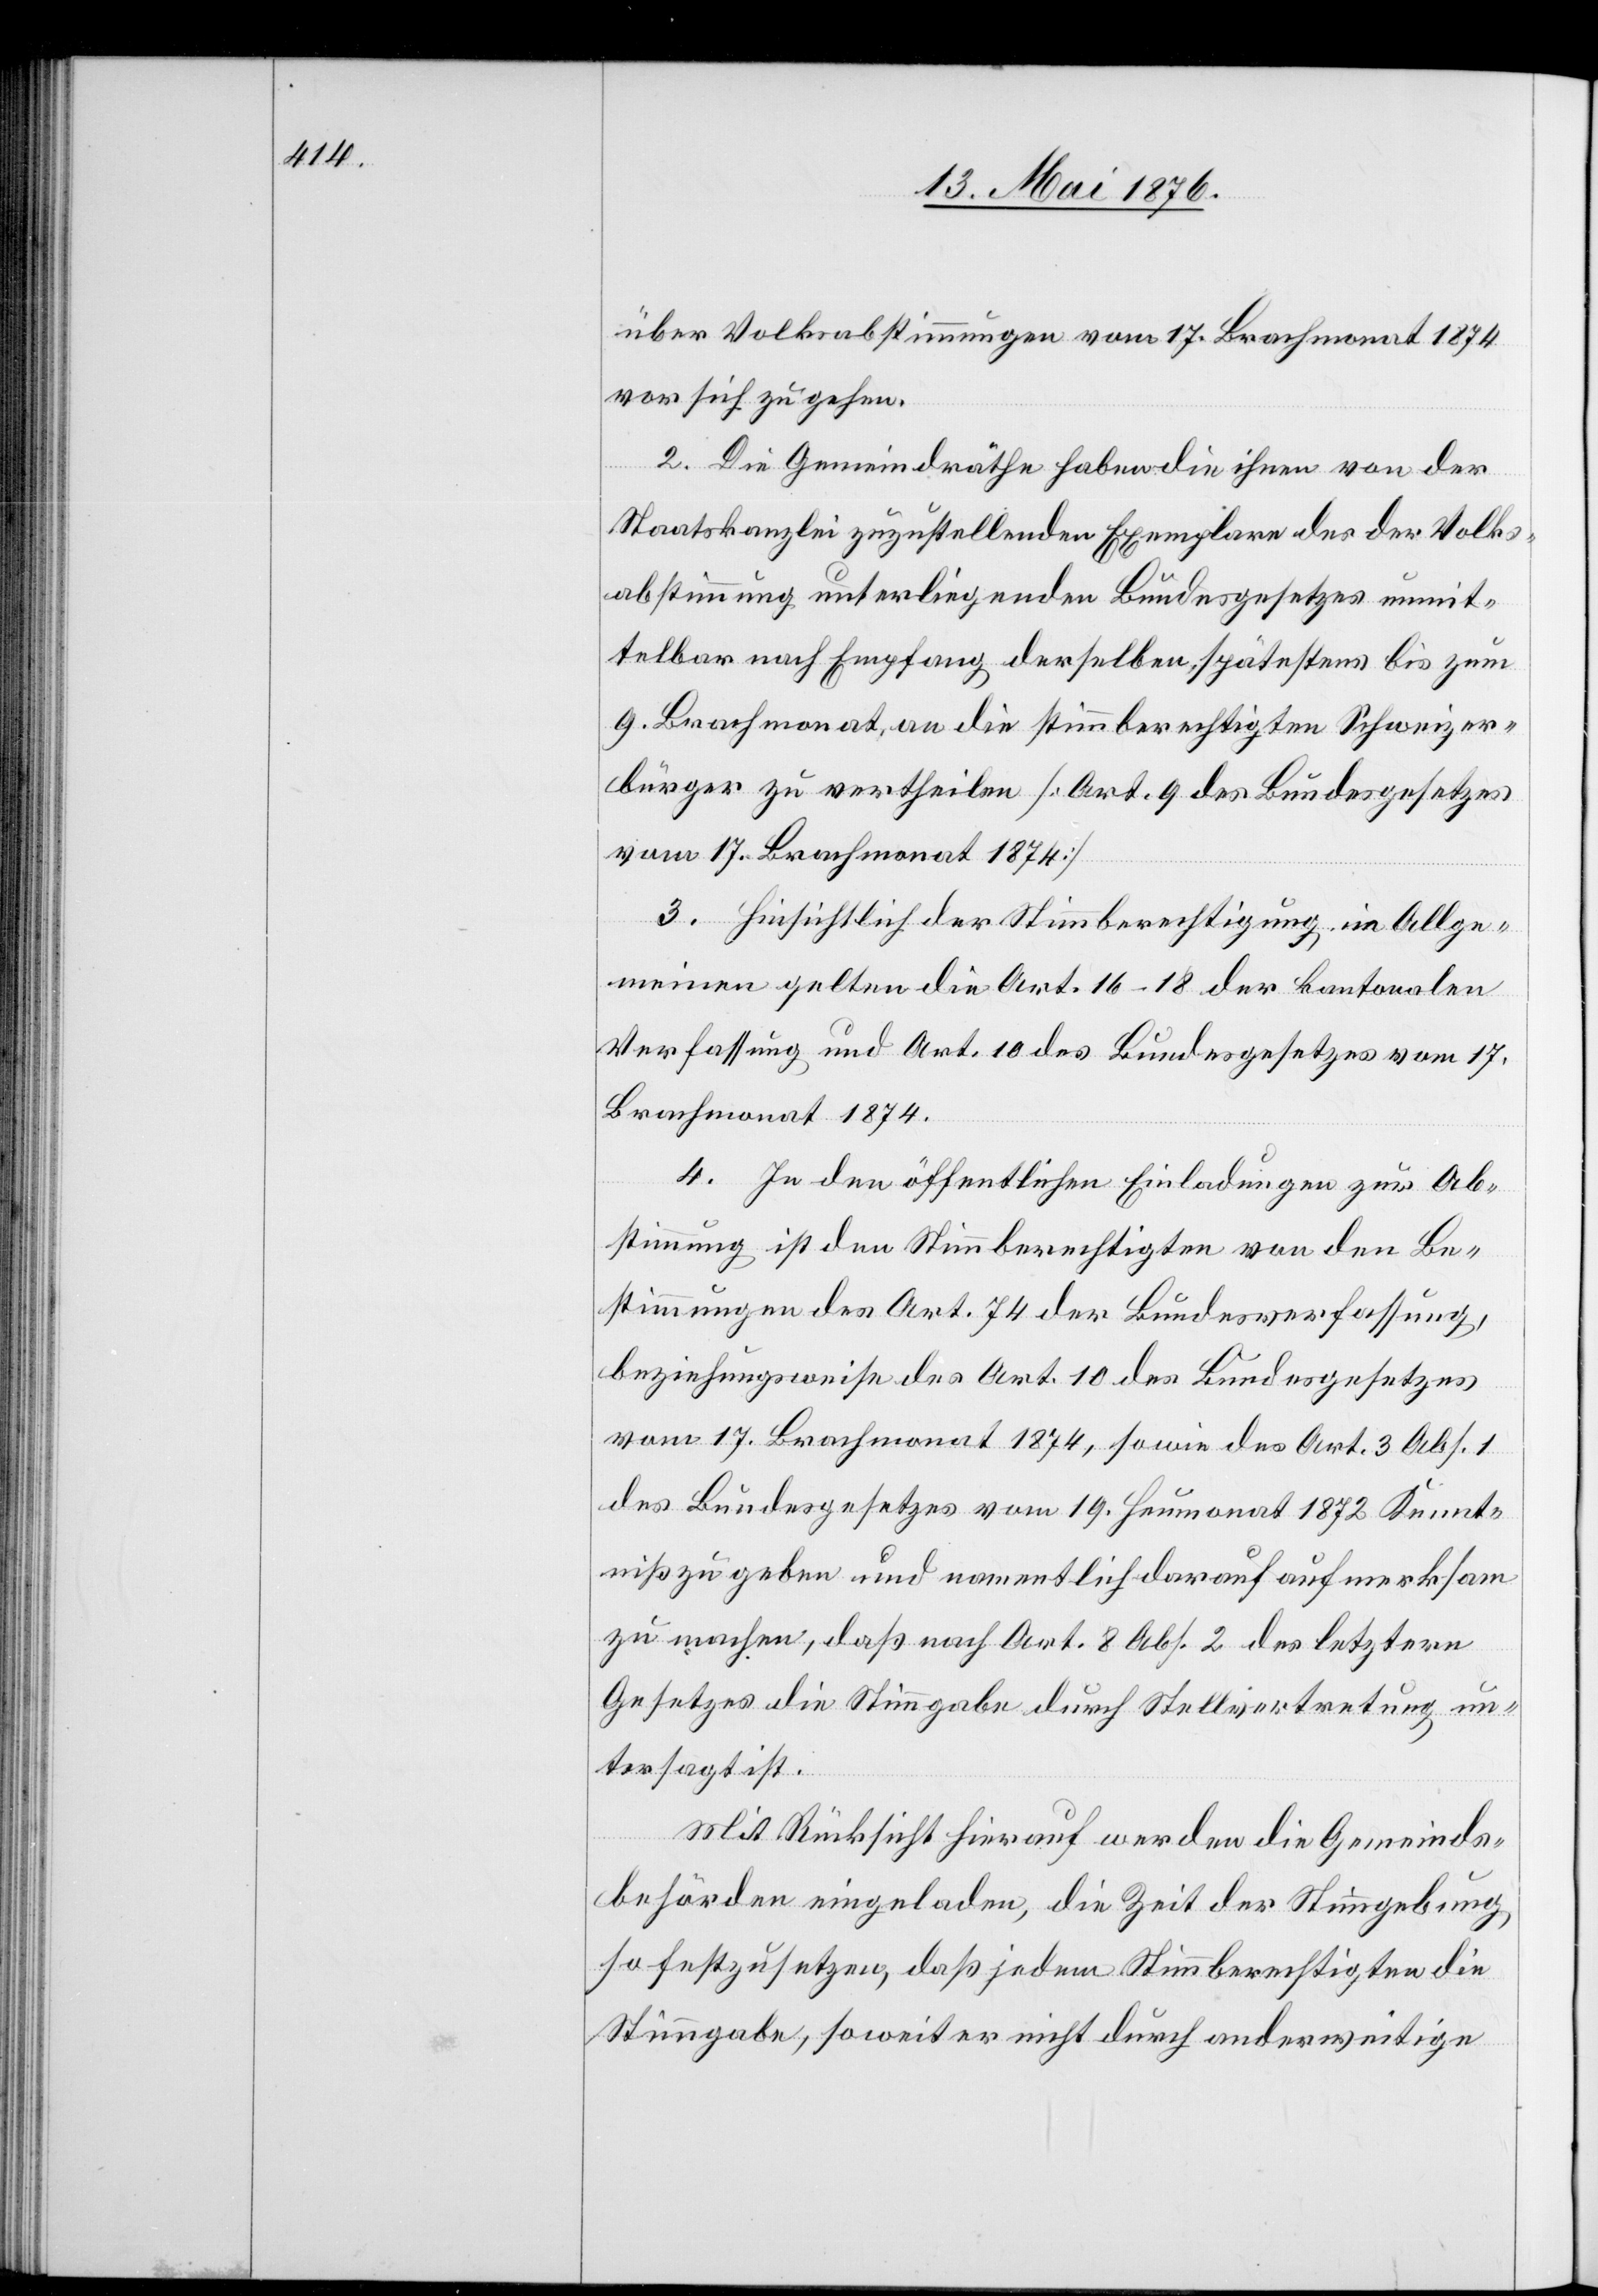
über Volksabstimmungen vom 17. Brachmonat 1874
vor sich zu gehen.
2. Die Gemeindräthe haben die ihnen von der
Staatskanzlei zuzustellenden Exemplare des der Volks¬
abstimmung unterliegenden Bundesgesetzes unmit¬
telbar nach Empfang derselben, spätestens bis zum
9. Brachmonat, an die stimmberechtigen Schweizer¬
bürger zu vertheilen [Art. 9. des Bundesgesetzes
vom 17. Brachmonat 1874][.]
3. Hinsichtlich der Stimmberechtigung im Allge¬
meinen gelten die Art. 16–18 der kantonalen
Verfassung und Art. 10 des Bundesgesetzes vom 17.
Brachmonat 1874.
4. In den öffentlichen Einladungen zur Ab¬
stimmung ist den Stimmberechtigten von den Be¬
stimmungen des Art. 74 der Bundesverfassung,
beziehungsweise des Art. 10 des Bundesgesetzes
vom 17. Brachmonat 1874, sowie des Art. 3 Abs. 1
des Bundesgesetzes vom 19. Heumonat 1872 Kennt¬
niß zu geben und namentlich darauf aufmerksam
zu machen, daß nach Art. 8 Abs. 2 des letztern
Gesetzes die Stimmgabe durch Stellvertretung un¬
tersagt ist.
Mit Rücksicht hierauf werden die Gemeinds¬
behörden eingeladen, die Zeit der Stimmgebung,
so festzusetzen, daß jedem Stimmberechtigen die
Stimmgabe, soweit er nicht durch anderweitige